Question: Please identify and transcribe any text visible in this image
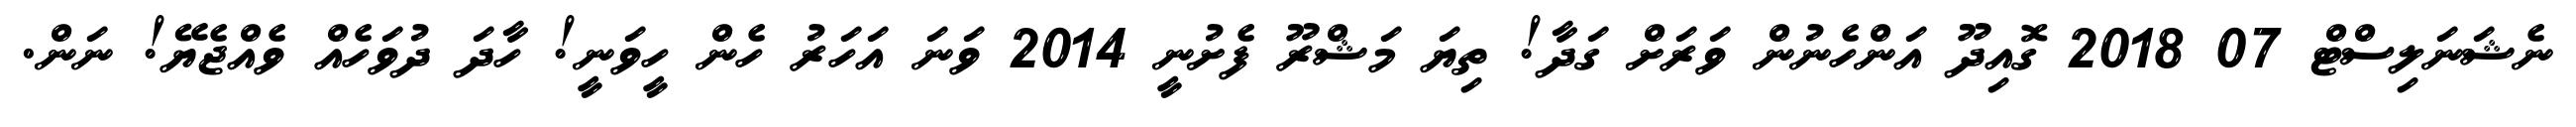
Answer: ނެޝަނަލިސްޓް 07 2018 ގޮއިދޫ އަންހެނުން ވަރަށް ގަދާ! ތިޔަ މަޝްރޫ ފެށުނީ 2014 ވަނަ އަހަރު ހެން ހީވަނީ! ހާދަ ދުވަހެއް ވެއްޖެޔޭ! ނަން.